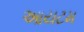
આયટમ